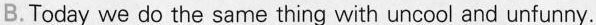
B. Today we do the same thing with uncool and unfunny.